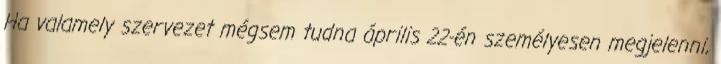
Ha valamely szervezet mégsem tudna április 22-én személyesen megjelenni,